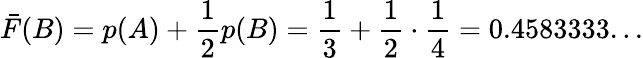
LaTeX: {\bar{F}}(B)=p(A)+{\frac{1}{2}}p(B)={\frac{1}{3}}+{\frac{1}{2}}\cdot{\frac{1}{4}}=0.4583333...